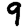
Digit: 9